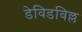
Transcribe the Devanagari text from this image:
डेविडविल्ल